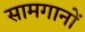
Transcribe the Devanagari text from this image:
सामगानों